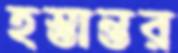
হস্তান্তর